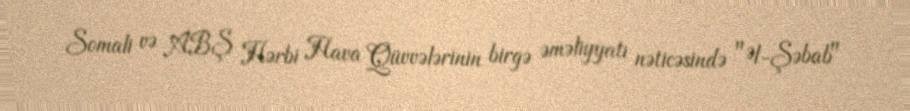
Somali və ABŞ Hərbi Hava Qüvvələrinin birgə əməliyyatı nəticəsində "Əl-Şəbab"